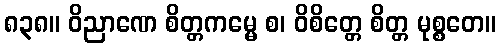
၈၃၈။ ဝိညာဏေ စိတ္တကမ္မေ စ၊ ဝိစိတ္တေ စိတ္တ မုစ္စတေ။